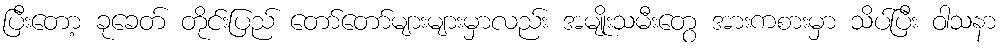
ပြီးတော့ ခုခေတ် တိုင်းပြည် တော်တော်များများမှာလည်း အမျိုးသမီးတွေ အားကစားမှာ သိပ်ပြီး ဝါသနာ